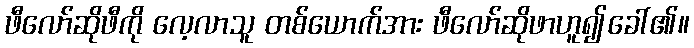
ဖီလော်ဆိုဖီကို လေ့လာသူ တစ်ယောက်အား ဖီလော်ဆိုဖာဟူ၍ခေါ်၏။